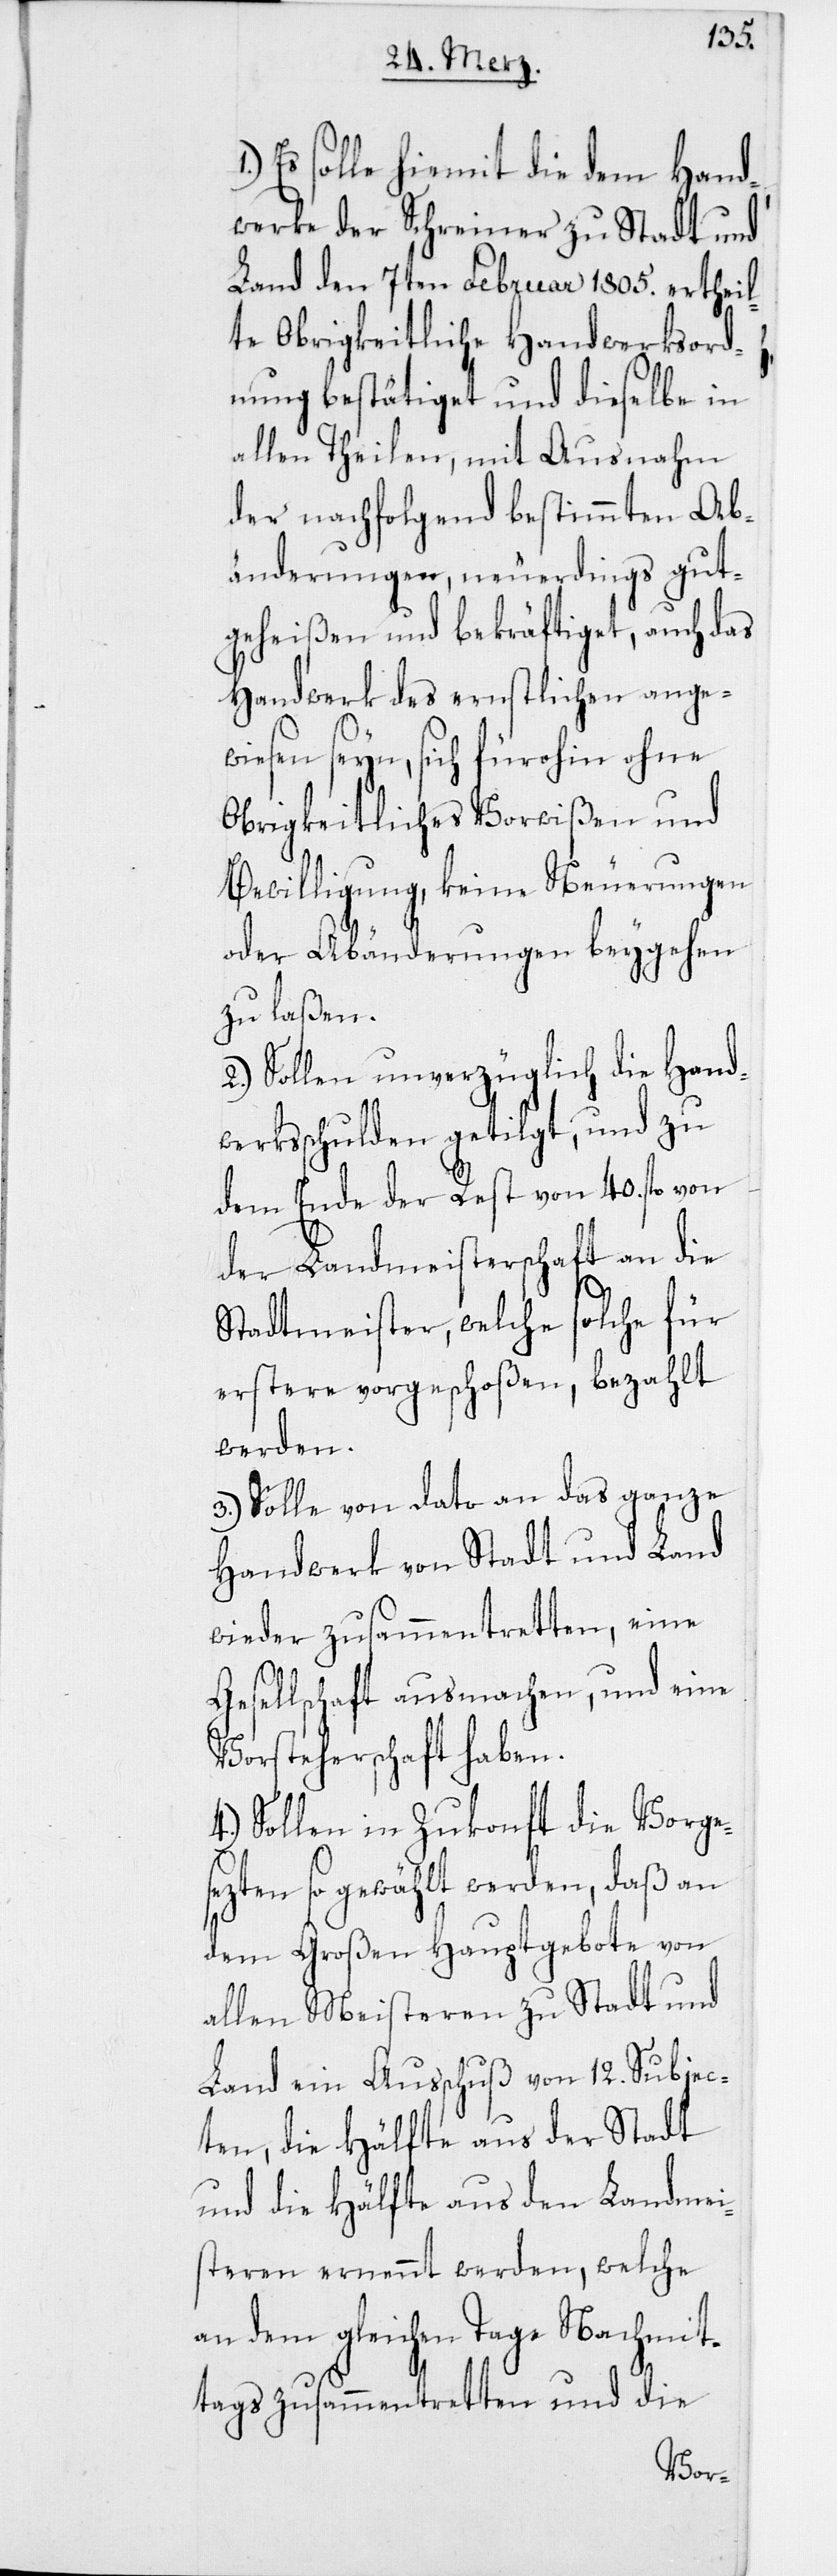
Es solle hiemit die dem Hand¬
werke der Schreiner zu Stadt und
Land den 7ten Februar 1805. ertheil¬
te Obrigkeitliche Handwerksord¬
nung bestätiget und dieselbe in
allen Theilen, mit Ausnahme
der nachfolgend bestimmten Ab¬
änderungen, neuerdings gut¬
geheißen und bekräftiget, auch das
Handwerk des ernstlichen ange¬
wiesen seyn, sich fürohin ohne
Obrigkeitliches Vorwißen und
Bewilligung, keine Neuerungen
oder Abänderungen beygehen
zu laßen.
2.) Sollen unverzüglich die Hand¬
werksschulden getilgt, und zu
dem Ende der Rest von 40. fl. von
der Landmeisterschaft an die
Stadtmeister, welche solche für
erstere vorgeschoßen, bezahlt
werden.
3.) Solle von dato an das ganze
Handwerk von Stadt und Land
wieder zusammentretten, eine
Gesellschaft ausmachen, und eine
Vorsteherschaft haben.
Sollen in Zukonft die Vorges¬
ezten so gewählt werden, daß an
dem Großen Hauptgebote von
allen Meisteren zu Stadt und
Land ein Ausschuß von 12. Subjec¬
ten, die Hälfte aus der Stadt
und die Hälfte aus den Landmei¬
steren ernennt werden, welche
an dem gleichen Tage Nachmit¬
tags zusammentretten und die